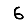
Digit: 6